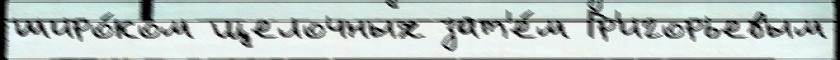
широ́ком щелочных зат'е́м Гр'игорьевым